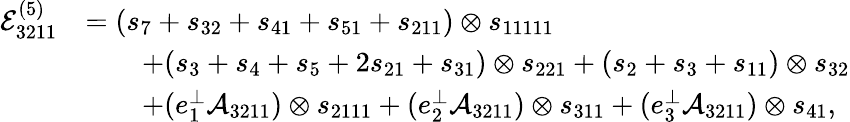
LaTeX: \begin{array}{rl}{\mathcal{E}_{3211}^{(5)}}&{=(s_{7}+s_{32}+s_{41}+s_{51}+s_{211})\otimes s_{11111}}\\ &{\qquad+(s_{3}+s_{4}+s_{5}+2s_{21}+s_{31})\otimes s_{221}+(s_{2}+s_{3}+s_{11})\otimes s_{32}}\\ &{\qquad+(e_{1}^{\perp}\mathcal{A}_{3211})\otimes s_{2111}+(e_{2}^{\perp}\mathcal{A}_{3211})\otimes s_{311}+(e_{3}^{\perp}\mathcal{A}_{3211})\otimes s_{41},}\end{array}